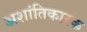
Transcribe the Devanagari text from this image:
अशांतिकारक